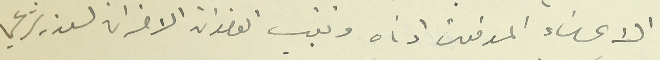
الاعضاء الموقعين ادناه وتغيب العضوان الاخران لعذر شرعي